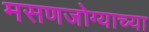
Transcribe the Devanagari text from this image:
मसणजोग्याच्या